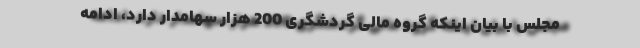
مجلس با بیان اینکه گروه مالی گردشگری 200 هزار سهامدار دارد، ادامه